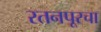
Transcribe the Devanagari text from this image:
रतनपूरचा